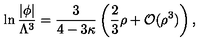
\ln \frac { | \phi | } { \Lambda ^ { 3 } } = \frac 3 { 4 - 3 \kappa } \left( \frac 2 3 \rho + \mathcal { O } ( \rho ^ { 3 } ) \right) ,